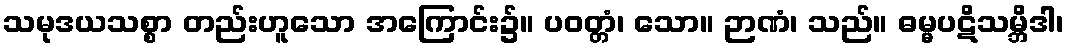
သမုဒယသစ္စာ တည်းဟူသော အကြောင်း၌။ ပဝတ္တံ၊ သော။ ဉာဏံ၊ သည်။ ဓမ္မပဋိသမ္ဘိဒါ၊